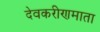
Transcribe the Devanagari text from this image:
देवकरीणमाता